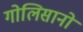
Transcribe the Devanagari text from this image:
गोलिसानो